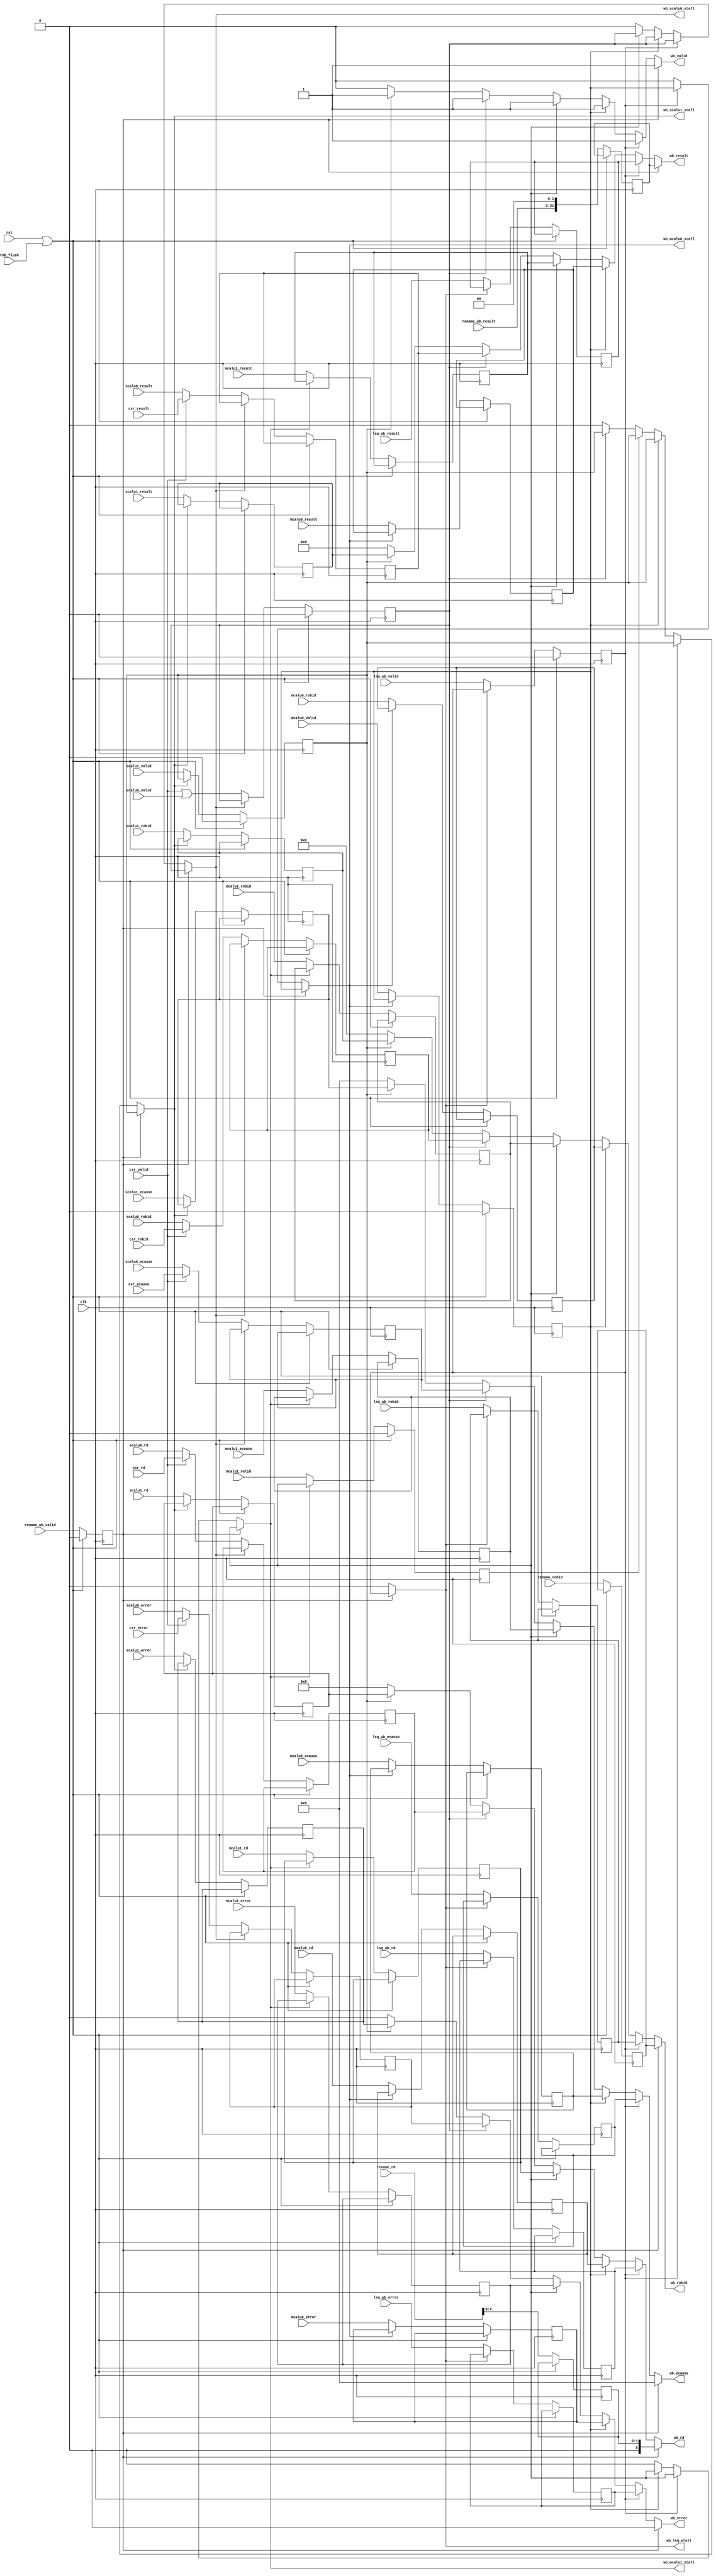
// writeback (common data bus)
// TBD: Merge all the interfaces into one array
module wb(
  input         clk,
  input         rst,

  // rename interface (highest priority)
  input         rename_wb_valid,
  input [6:0]   rename_robid,
  input [5:0]   rename_rd,
  input [31:2]  rename_wb_result,

  // scalu0 interface
  input         scalu0_valid,
  input         scalu0_error,
  input [4:0]   scalu0_ecause,
  input [6:0]   scalu0_robid,
  input [5:0]   scalu0_rd,
  input [31:0]  scalu0_result,
  output reg    wb_scalu0_stall,

  // scalu1 interface
  input         scalu1_valid,
  input         scalu1_error,
  input [4:0]   scalu1_ecause,
  input [6:0]   scalu1_robid,
  input [5:0]   scalu1_rd,
  input [31:0]  scalu1_result,
  output reg    wb_scalu1_stall,

  // mcalu0 interface
  input         mcalu0_valid,
  input         mcalu0_error,
  input [4:0]   mcalu0_ecause,
  input [6:0]   mcalu0_robid,
  input [5:0]   mcalu0_rd,
  input [31:0]  mcalu0_result,
  output reg       wb_mcalu0_stall,

  // mcalu1 interface
  input         mcalu1_valid,
  input         mcalu1_error,
  input [4:0]   mcalu1_ecause,
  input [6:0]   mcalu1_robid,
  input [5:0]   mcalu1_rd,
  input [31:0]  mcalu1_result,
  output reg       wb_mcalu1_stall,

  // lsq interface
  input         lsq_wb_valid,
  input         lsq_wb_error,
  input [4:0]   lsq_wb_ecause,
  input [6:0]   lsq_wb_robid,
  input [5:0]   lsq_wb_rd,
  input [31:0]  lsq_wb_result,
  output reg       wb_lsq_stall,

  // csr interface
  input         csr_valid,
  input         csr_error,
  input [4:0]   csr_ecause,
  input [6:0]   csr_robid,
  input [5:0]   csr_rd,
  input [31:0]  csr_result,

  // common output signals
  output reg       wb_valid,
  output reg       wb_error,
  output reg[4:0]  wb_ecause,
  output reg[6:0]  wb_robid,
  output reg[5:0]  wb_rd,
  output reg[31:0] wb_result,

  // rob interface
  input         rob_flush);

  reg         rename_valid_r;
  reg [6:0]   rename_robid_r;
  reg [4:0]   rename_rd_r;
  reg [31:0]  rename_result_r;

  reg         scalu0_valid_r;
  reg         scalu0_error_r;
  reg [4:0]   scalu0_ecause_r;
  reg [6:0]   scalu0_robid_r;
  reg [5:0]   scalu0_rd_r;
  reg [31:0]  scalu0_result_r;

  reg         scalu1_valid_r;
  reg         scalu1_error_r;
  reg [4:0]   scalu1_ecause_r;
  reg [6:0]   scalu1_robid_r;
  reg [5:0]   scalu1_rd_r;
  reg [31:0]  scalu1_result_r;

  reg         mcalu0_valid_r;
  reg         mcalu0_error_r;
  reg [4:0]   mcalu0_ecause_r;
  reg [6:0]   mcalu0_robid_r;
  reg [5:0]   mcalu0_rd_r;
  reg [31:0]  mcalu0_result_r;

  reg         mcalu1_valid_r;
  reg         mcalu1_error_r;
  reg [4:0]   mcalu1_ecause_r;
  reg [6:0]   mcalu1_robid_r;
  reg [5:0]   mcalu1_rd_r;
  reg [31:0]  mcalu1_result_r;

  reg         lsq_valid_r;
  reg         lsq_error_r;
  reg [4:0]   lsq_ecause_r;
  reg [6:0]   lsq_robid_r;
  reg [5:0]   lsq_rd_r;
  reg [31:0]  lsq_result_r;

  always @(posedge clk) begin
    if (rst | rob_flush) begin
      rename_valid_r <= 1'b0;
      scalu0_valid_r <= 1'b0;
      scalu1_valid_r <= 1'b0;
      mcalu0_valid_r <= 1'b0;
      mcalu1_valid_r <= 1'b0;
      lsq_valid_r <= 1'b0;
    end
    else begin
      rename_valid_r <= rename_wb_valid;
      rename_robid_r <= rename_robid;
      rename_rd_r <= rename_rd[4:0];
      rename_result_r <= {rename_wb_result,2'b0};

      // CSR uses scalu0
      if(~wb_scalu0_stall) begin
        scalu0_valid_r <= csr_valid | scalu0_valid;
        scalu0_error_r <= (csr_valid ? csr_error : scalu0_error);
        scalu0_ecause_r <= (csr_valid ? csr_ecause : scalu0_ecause);
        scalu0_robid_r <= (csr_valid ? csr_robid : scalu0_robid);
        scalu0_rd_r <= (csr_valid ? csr_rd : scalu0_rd);
        scalu0_result_r <= (csr_valid ? csr_result : scalu0_result);
      end

      if(~wb_scalu1_stall) begin
        scalu1_valid_r <= scalu1_valid;
        scalu1_error_r <= scalu1_error;
        scalu1_ecause_r <= scalu1_ecause;
        scalu1_robid_r <= scalu1_robid;
        scalu1_rd_r <= scalu1_rd;
        scalu1_result_r <= scalu1_result;
      end

      if(~wb_mcalu0_stall) begin
        mcalu0_valid_r <= mcalu0_valid;
        mcalu0_error_r <= mcalu0_error;
        mcalu0_ecause_r <= mcalu0_ecause;
        mcalu0_robid_r <= mcalu0_robid;
        mcalu0_rd_r <= mcalu0_rd;
        mcalu0_result_r <= mcalu0_result;
      end

      if(~wb_mcalu1_stall) begin
        mcalu1_valid_r <= mcalu1_valid;
        mcalu1_error_r <= mcalu1_error;
        mcalu1_ecause_r <= mcalu1_ecause;
        mcalu1_robid_r <= mcalu1_robid;
        mcalu1_rd_r <= mcalu1_rd;
        mcalu1_result_r <= mcalu1_result;
      end

      if(~wb_lsq_stall) begin
        lsq_valid_r <= lsq_wb_valid;
        lsq_error_r <= lsq_wb_error;
        lsq_ecause_r <= lsq_wb_ecause;
        lsq_robid_r <= lsq_wb_robid;
        lsq_rd_r <= lsq_wb_rd;
        lsq_result_r <= lsq_wb_result;
      end
    end
  end

  always @(*) begin
    wb_scalu0_stall = scalu0_valid_r;
    wb_scalu1_stall = scalu1_valid_r;
    wb_mcalu0_stall = mcalu0_valid_r;
    wb_mcalu1_stall = mcalu1_valid_r;
    wb_lsq_stall    = lsq_valid_r;
    wb_valid = 1;
    wb_error = 0;
    wb_ecause = 0;
    wb_robid = 0;
    wb_rd = 0;
    wb_result = 0;
    if(rename_valid_r) begin
      wb_error  = 0;
      wb_ecause = 0;
      wb_robid  = rename_robid_r;
      wb_rd     = {1'b0,rename_rd_r};
      wb_result = rename_result_r;
    end else if(lsq_valid_r) begin
      wb_lsq_stall = 0;
      wb_error  = lsq_error_r;
      wb_ecause = lsq_ecause_r;
      wb_robid  = lsq_robid_r;
      wb_rd     = lsq_rd_r;
      wb_result = lsq_result_r;
    end else if(mcalu0_valid_r) begin
      wb_mcalu0_stall = 0;
      wb_error  = mcalu0_error_r;
      wb_ecause = mcalu0_ecause_r;
      wb_robid  = mcalu0_robid_r;
      wb_rd     = mcalu0_rd_r;
      wb_result = mcalu0_result_r;
    end else if(mcalu1_valid_r) begin
      wb_mcalu1_stall = 0;
      wb_error  = mcalu1_error_r;
      wb_ecause = mcalu1_ecause_r;
      wb_robid  = mcalu1_robid_r;
      wb_rd     = mcalu1_rd_r;
      wb_result = mcalu1_result_r;
    end else if(scalu0_valid_r) begin
      wb_scalu0_stall = 0;
      wb_error  = scalu0_error_r;
      wb_ecause = scalu0_ecause_r;
      wb_robid  = scalu0_robid_r;
      wb_rd     = scalu0_rd_r;
      wb_result = scalu0_result_r;
    end else if(scalu1_valid_r) begin
      wb_scalu1_stall = 0;
      wb_error  = scalu1_error_r;
      wb_ecause = scalu1_ecause_r;
      wb_robid  = scalu1_robid_r;
      wb_rd     = scalu1_rd_r;
      wb_result = scalu1_result_r;
    end else
      wb_valid = 0;
  end

endmodule